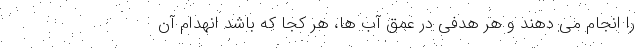
را انجام می دهند و هر هدفی در عمق آب ها، هر کجا که باشد انهدام آن